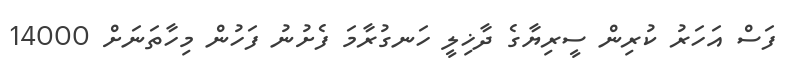
ފަސް އަހަރު ކުރިން ސީރިޔާގެ ދާޚިލީ ހަނގުރާމަ ފެށުނު ފަހުން މިހާތަނަށް 14000